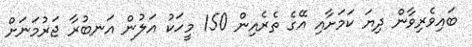
ބައިވެރިވާން ދިޔަ ކަމަށާއި އޭގެ ތެރެއިން 150 މީހަކު އަލުން އަނބުރާ ޖަރުމަނަށް